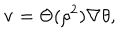
LaTeX: { \bf v } = \Theta ( { \rho } ^ { 2 } ) \nabla \theta ,